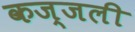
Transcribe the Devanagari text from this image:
कज्‍जली